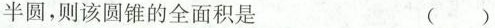
半圆，则该圆锥的全面积是 ()